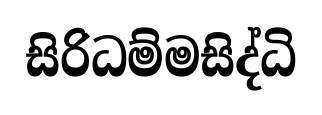
සිරිධම්මසිද්ධි